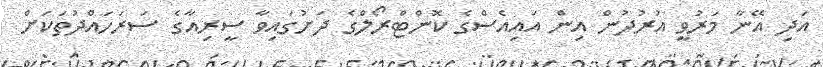
އަދި އޭނާ މަރުވީ އުރުދުން އިން އައިއެސްގެ ކޮންޓްރޯލްގެ ދަށުގައިވާ ސީރިއާގެ ސަރަހައްދުތަކަށް